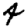
Digit: 4